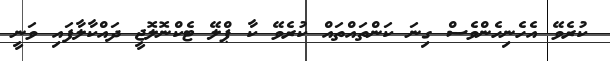
ކުރެވޭ އެހެނިހެންވެސް ގިނަ ކަންތައްތައް ކުރެވޭ ކާ ޕްލޭ ޓެކްނޮލޮޖީ ދައްކާލާފައި ވަނީ